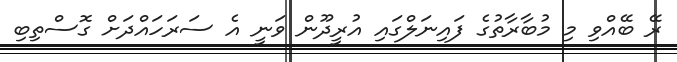
ރޭ ބޭއްވި މި މުބާރާތުގެ ފައިނަލްގައި އުރީދޫން ވަނީ އެ ސަރަހައްދަށް ގޮސްތިބި